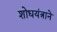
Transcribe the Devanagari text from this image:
शोधयंत्राने